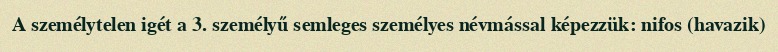
A személytelen igét a 3. személyű semleges személyes névmással képezzük: nifos (havazik)